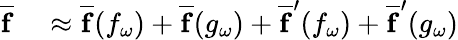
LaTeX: \begin{array}{rl}{\overline{{\mathbf{f}}}}&{{}\approx\overline{{\mathbf{f}}}(f_{\omega})+\overline{{\mathbf{f}}}(g_{\omega})+\overline{{\mathbf{f}}}^{\prime}(f_{\omega})+\overline{{\mathbf{f}}}^{\prime}(g_{\omega})}\end{array}